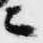
ニ